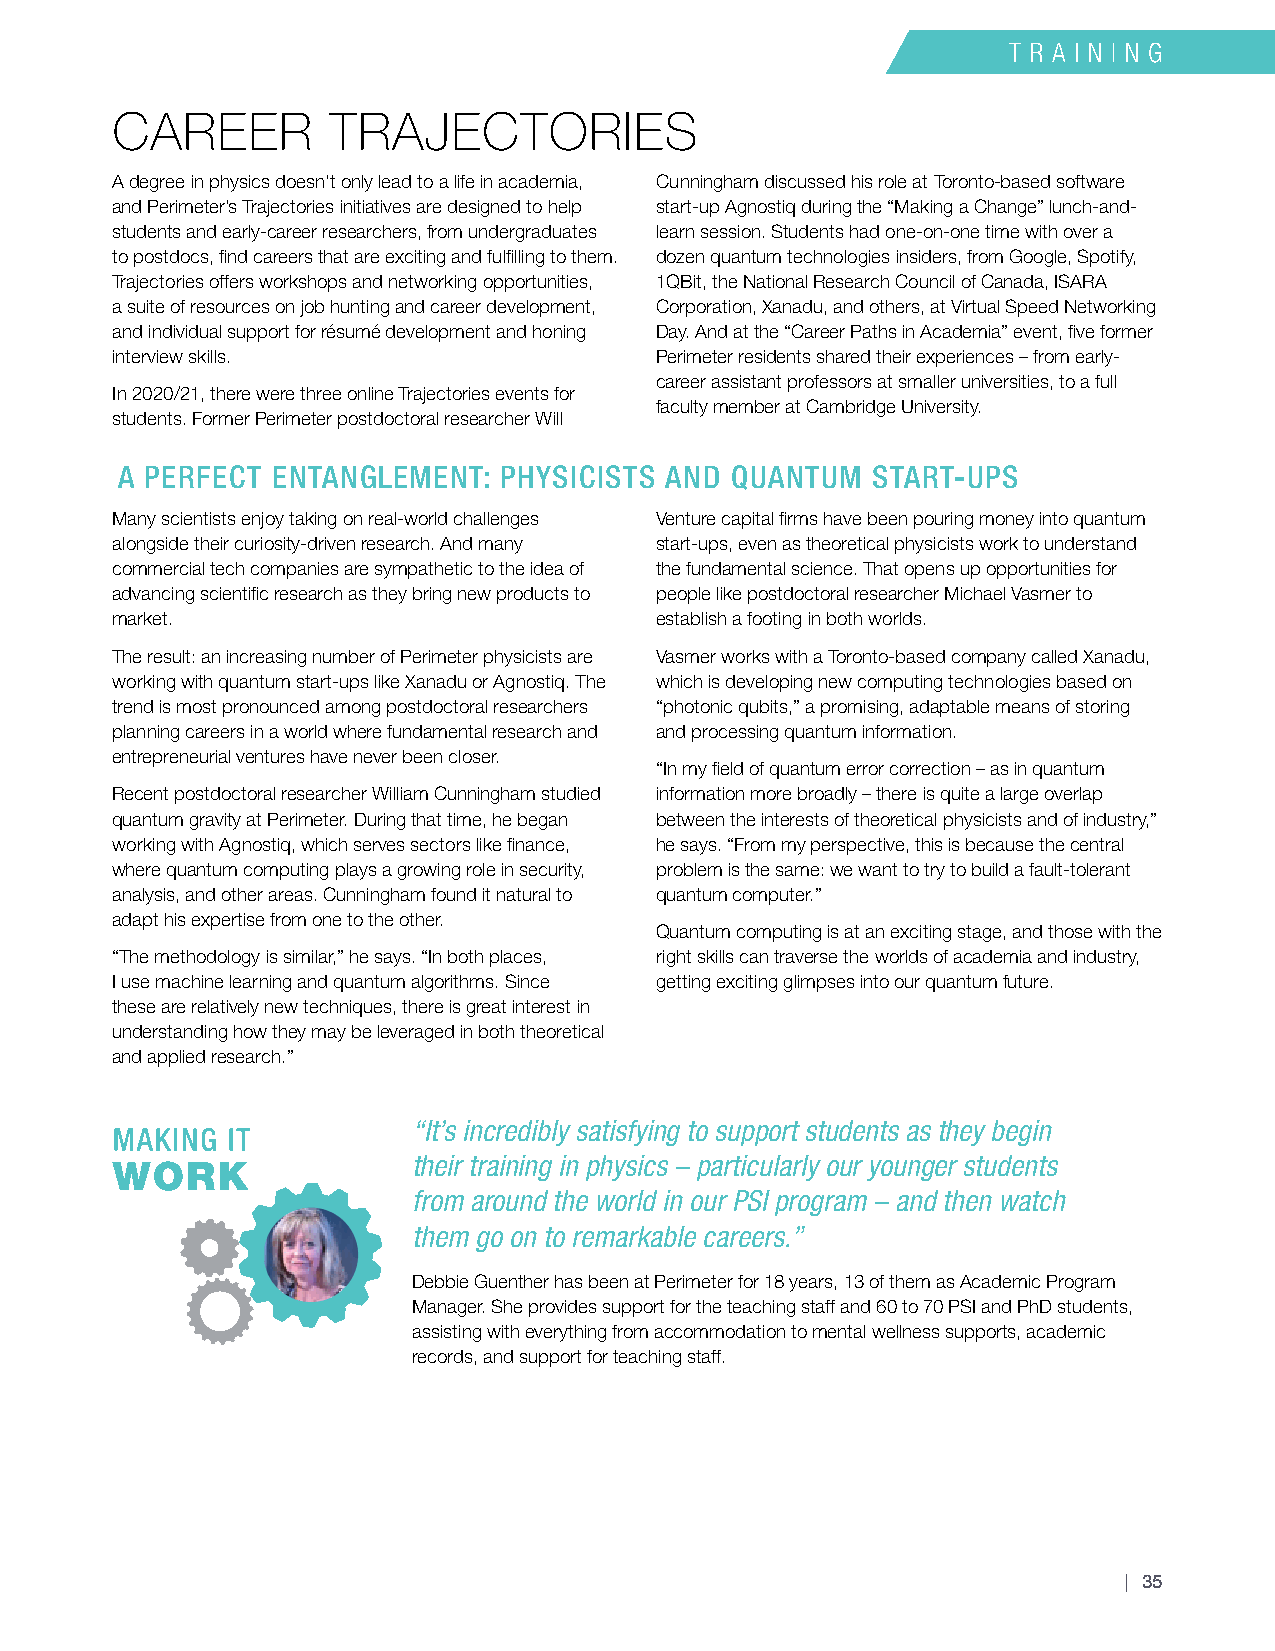
CAREER         TRAJECTORIES
 A degree in physics doesn’t only lead to a life in academia, Cunningham discussed his role at Toronto-based software
 and Perimeter’s Trajectories initiatives are designed to help start-up Agnostiq during the “Making a Change” lunch-and-
 students and early-career researchers, from undergraduates learn session. Students had one-on-one time with over a
 to postdocs, find careers that are exciting and fulfilling to them. dozen quantum technologies insiders, from Google, Spotify,
 Trajectories offers workshops and networking opportunities, 1QBit, the National Research Council of Canada, ISARA
 a suite of resources on job hunting and career development, Corporation, Xanadu, and others, at Virtual Speed Networking
 and individual support for résumé development and honing Day. And at the “Career Paths in Academia” event, five former
 interview skills.                   Perimeter residents shared their experiences – from early-
 career assistant professors at smaller universities, to a full
 In 2020/21, there were three online Trajectories events for
 faculty member at Cambridge University.
 students. Former Perimeter postdoctoral researcher Will
 A PERFECT ENTANGLEMENT:  PHYSICISTS AND QUANTUM   START-UPS
 Many scientists enjoy taking on real-world challenges Venture capital firms have been pouring money into quantum
 alongside their curiosity-driven research. And many start-ups, even as theoretical physicists work to understand
 commercial tech companies are sympathetic to the idea of the fundamental science. That opens up opportunities for
 advancing scientific research as they bring new products to people like postdoctoral researcher Michael Vasmer to
 market.                             establish a footing in both worlds.
 The result: an increasing number of Perimeter physicists are Vasmer works with a Toronto-based company called Xanadu,
 working with quantum start-ups like Xanadu or Agnostiq. The which is developing new computing technologies based on
 trend is most pronounced among postdoctoral researchers “photonic qubits,” a promising, adaptable means of storing
 planning careers in a world where fundamental research and and processing quantum information.
 entrepreneurial ventures have never been closer.
 “In my field of quantum error correction – as in quantum
 Recent postdoctoral researcher William Cunningham studied information more broadly – there is quite a large overlap
 quantum gravity at Perimeter. During that time, he began between the interests of theoretical physicists and of industry,”
 working with Agnostiq, which serves sectors like finance, he says. “From my perspective, this is because the central
 where quantum computing plays a growing role in security, problem is the same: we want to try to build a fault-tolerant
 analysis, and other areas. Cunningham found it natural to quantum computer.”
 adapt his expertise from one to the other.
 Quantum computing is at an exciting stage, and those with the
 “The methodology is similar,” he says. “In both places, right skills can traverse the worlds of academia and industry,
 I use machine learning and quantum algorithms. Since getting exciting glimpses into our quantum future.
 these are relatively new techniques, there is great interest in
 understanding how they may be leveraged in both theoretical
 and applied research.”
 “It’s incredibly satisfying to support students as they begin
 their training in physics – particularly our younger students
 from around the world in our PSI program – and then watch
 them go on to remarkable careers.”
 Debbie Guenther has been at Perimeter for 18 years, 13 of them as Academic Program
 Manager. She provides support for the teaching staff and 60 to 70 PSI and PhD students,
 assisting with everything from accommodation to mental wellness supports, academic
 records, and support for teaching staff.
 | 35